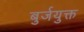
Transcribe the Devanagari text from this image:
बुर्जयुक्त